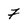
Character: 7